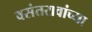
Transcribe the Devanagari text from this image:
वसंतरावांच्या